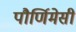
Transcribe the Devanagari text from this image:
पौर्णिमेसी